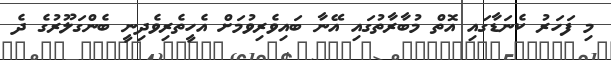
މި ފަހަރު ކެނަޑާގައި އޮތް މުބާރާތުގައި އޭނާ ބައިވެރިވުމަށް އެހީތެރިވެދިނީ ބެންގަލޫރުގެ ދެ